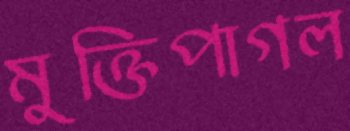
মুক্তিপাগল